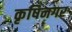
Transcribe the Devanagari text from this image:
कृषिनगर